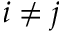
i \neq j